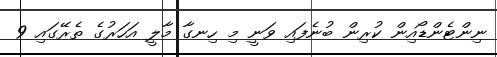
ނިންޓެންޑޯއިން ކުރިން ބުނެފައި ވަނީ މި ހިނގާ މާލީ އަހަރުގެ ތެރޭގައި 9